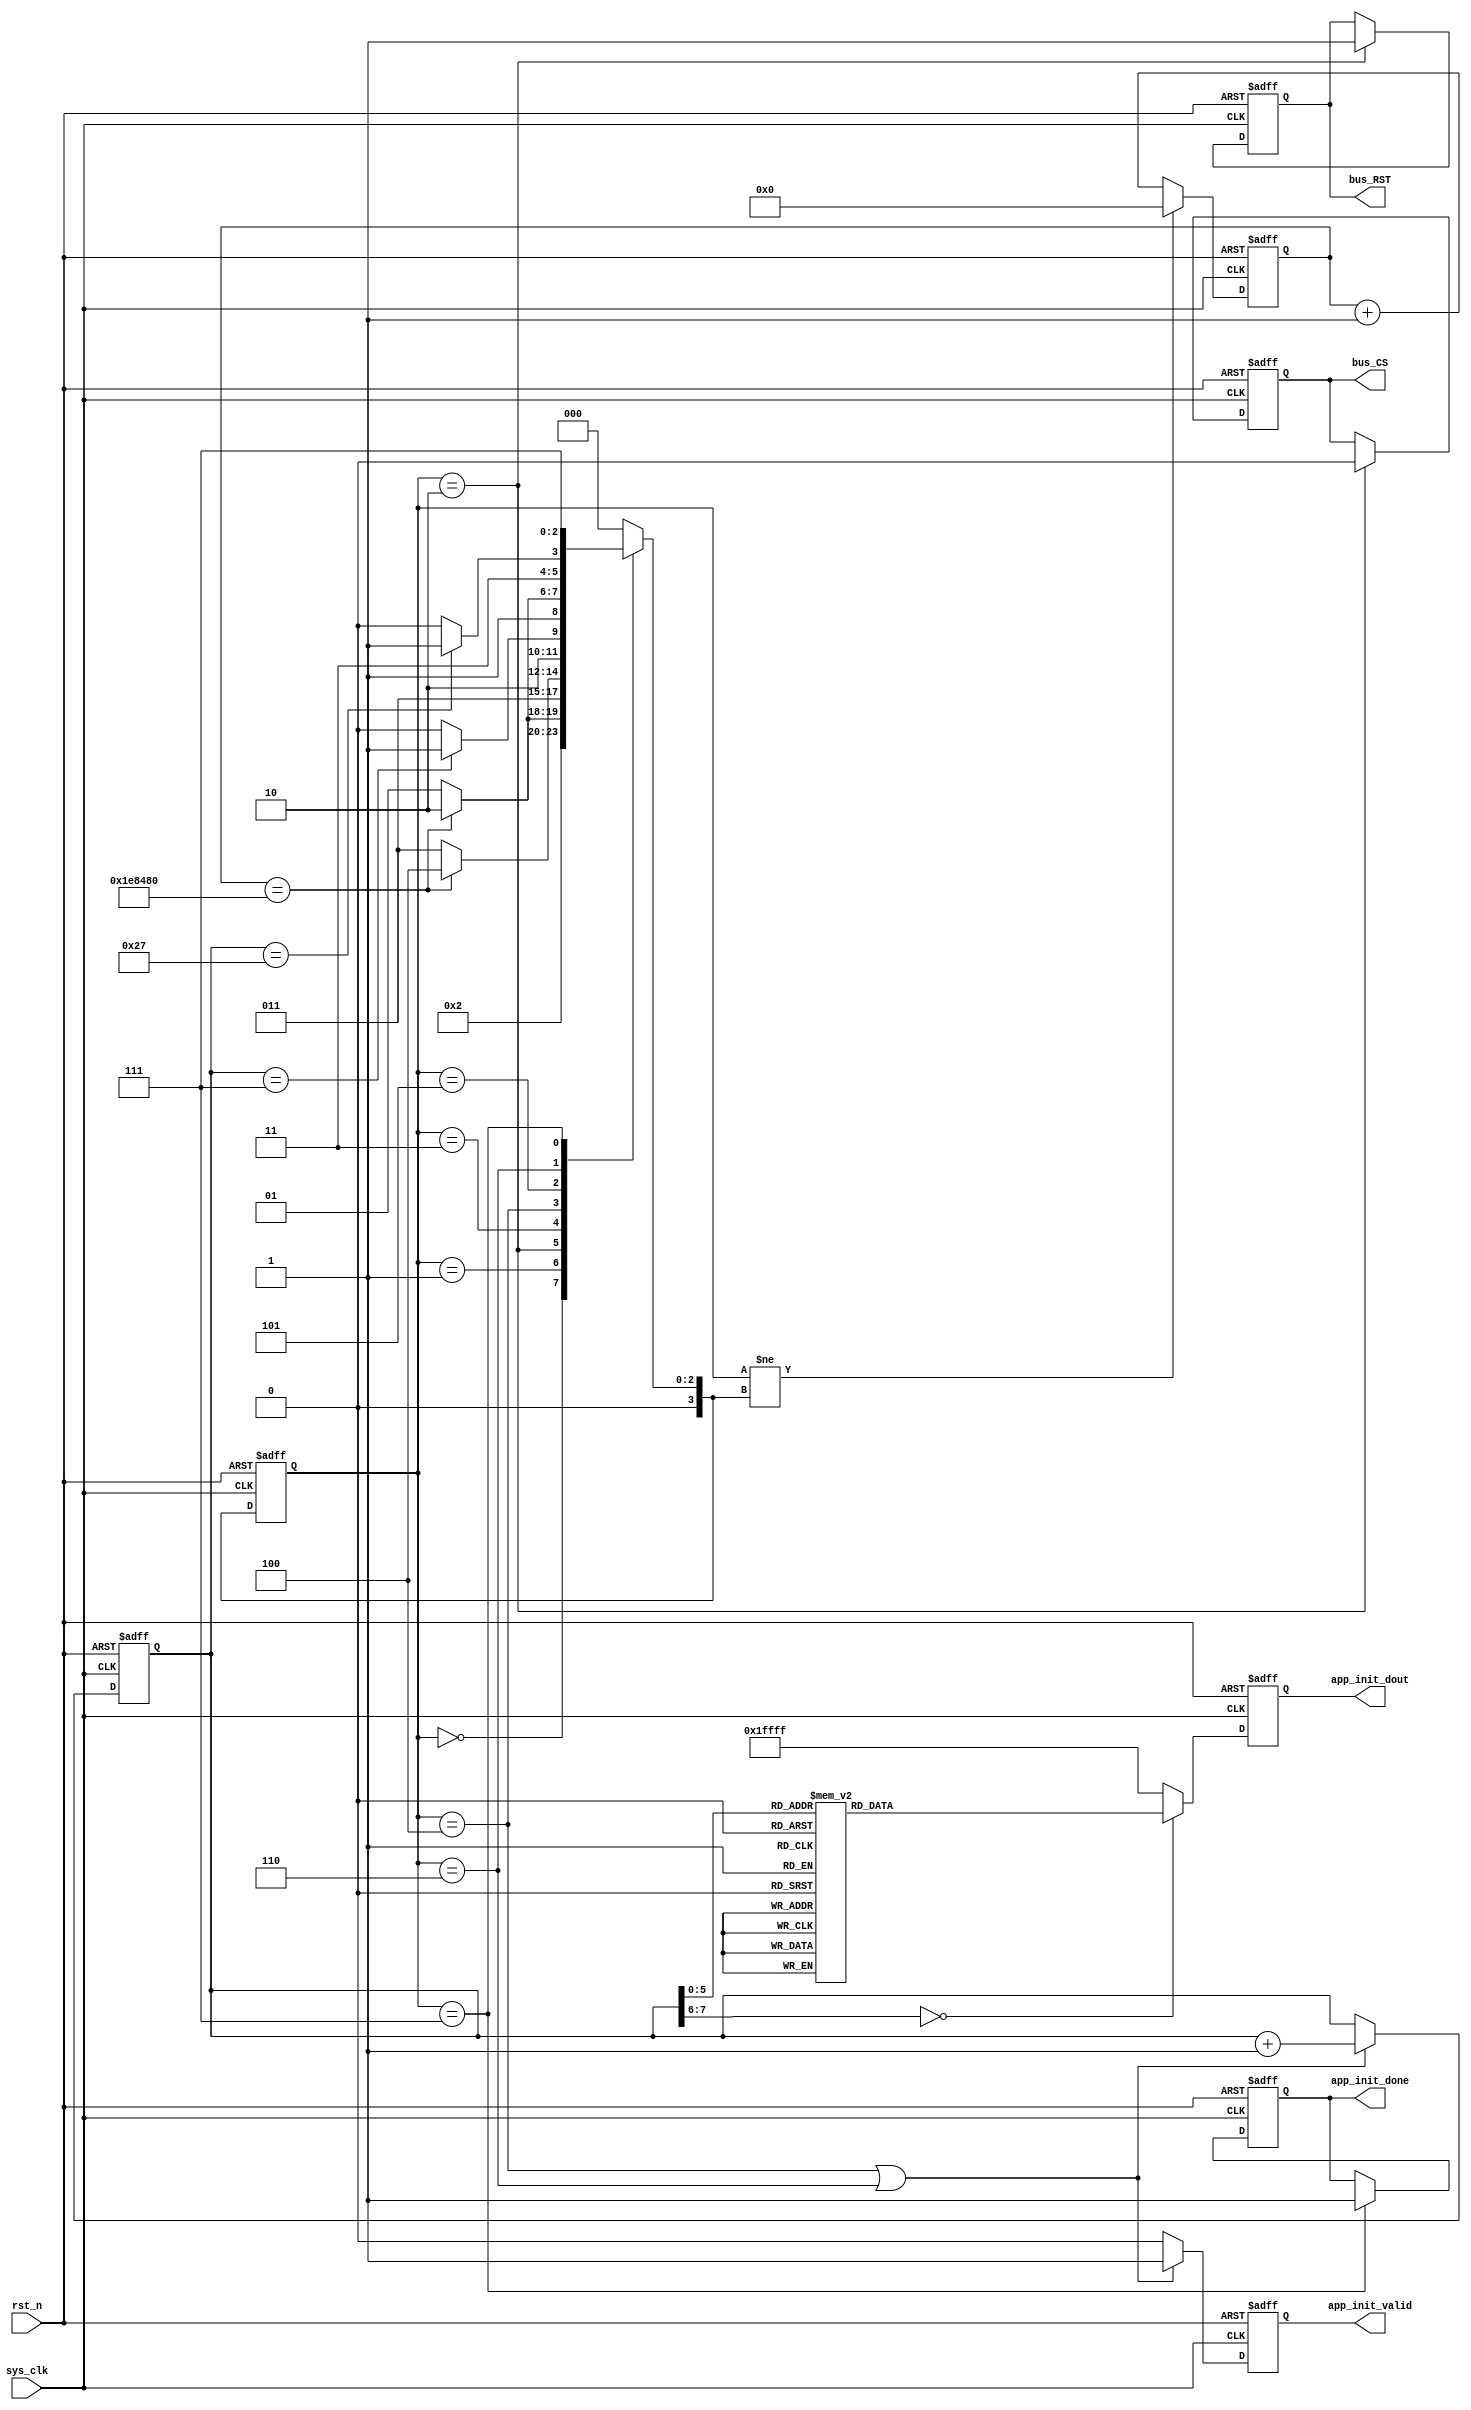
`timescale 1ns / 1ps
//////////////////////////////////////////////////////////////////////////////////
// Company: 
// Engineer: 
// 
// Design Name: 
// Module Name: SSD1289_Init_Module
// Project Name: 
// Target Devices: 
// Tool Versions: 
// Description: 
// 
// Dependencies: 
// 
// Revision:
// Revision 0.01 - File Created
// Additional Comments:
// 
//////////////////////////////////////////////////////////////////////////////////


module SSD1289_Init_Module (
    input             sys_clk,
    input             rst_n,
    output reg        bus_RST,
    output reg        bus_CS,
    output reg [16:0] app_init_dout,   //
    output reg        app_init_valid,  //
    output reg        app_init_done    //
);
  parameter app_delay = 32'd20_000_00;
  localparam REG_CNT = 39;
  /**********************************/
  reg [7:0] init_reg_cnt;
  /**********************************/
  reg [3:0] S_STATE, S_STATE_NEXT;
  localparam S_IDLE = 0;  //
  localparam S_WAIT1 = 1;
  localparam S_SYSRST = 2;
  localparam S_WAIT2 = 3;
  localparam S_REGRST = 4;
  localparam S_WAIT3 = 5;
  localparam S_INIT = 6;  ///
  localparam S_DONE = 7;  //

  /**************************/
  always @(posedge sys_clk, negedge rst_n) begin
    if (!rst_n) S_STATE <= S_IDLE;
    else S_STATE <= S_STATE_NEXT;
  end
  /**************************/
  reg [31:0] clk_cnt;
  always @(posedge sys_clk, negedge rst_n) begin
    if (!rst_n) clk_cnt <= 32'd0;
    else if (S_STATE != S_STATE_NEXT) clk_cnt <= 32'd0;
    else clk_cnt <= clk_cnt + 1'd1;
  end
  /**************************/
  always @(*) begin
    case (S_STATE)
      S_IDLE: begin
        S_STATE_NEXT = S_WAIT1;
      end
      S_WAIT1: begin
        if (clk_cnt == app_delay) S_STATE_NEXT = S_SYSRST;
        else S_STATE_NEXT = S_WAIT1;
      end
      S_SYSRST: begin
        S_STATE_NEXT = S_WAIT2;
      end
      S_WAIT2: begin
        if (clk_cnt == app_delay) S_STATE_NEXT = S_REGRST;
        else S_STATE_NEXT = S_WAIT2;
      end
      S_REGRST: begin
        if (init_reg_cnt == 8'd7) S_STATE_NEXT = S_WAIT3;
        else S_STATE_NEXT = S_REGRST;
      end
      S_WAIT3: begin
        if (clk_cnt == app_delay) S_STATE_NEXT = S_INIT;
        else S_STATE_NEXT = S_WAIT3;
      end
      S_INIT: begin
        if (init_reg_cnt == REG_CNT) S_STATE_NEXT = S_DONE;
        else S_STATE_NEXT = S_INIT;
      end
      S_DONE: begin
        S_STATE_NEXT = S_DONE;
      end
      default: S_STATE_NEXT = S_IDLE;
    endcase
  end
  /*******************************************************/
  //
  always @(posedge sys_clk or negedge rst_n) begin
    if (!rst_n) bus_RST <= 1'b0;
    else if (S_STATE == S_SYSRST) bus_RST <= 1'b1;
    else bus_RST <= bus_RST;
  end
  always @(posedge sys_clk or negedge rst_n) begin
    if (!rst_n) bus_CS <= 1'b1;
    else if (S_STATE == S_SYSRST) bus_CS <= 1'b0;
    else bus_CS <= bus_CS;
  end
  /******************************************/
  //
  always @(posedge sys_clk or negedge rst_n) begin
    if (!rst_n) app_init_done <= 1'b0;
    else if (S_STATE == S_DONE) app_init_done <= 1'b1;
    else app_init_done <= app_init_done;
  end
  /*******************************************************/
  //
  always @(posedge sys_clk or negedge rst_n) begin
    if (!rst_n) app_init_valid <= 1'b0;
    else if (S_STATE == S_REGRST || S_STATE == S_INIT) app_init_valid <= 1'b1;
    else app_init_valid <= 1'b0;
  end
  //
  always @(posedge sys_clk or negedge rst_n) begin
    if (!rst_n) init_reg_cnt <= 8'b0;
    else if (S_STATE == S_REGRST || S_STATE == S_INIT) init_reg_cnt <= init_reg_cnt + 1'b1;
    else init_reg_cnt <= init_reg_cnt;
  end
  //
  always @(posedge sys_clk or negedge rst_n) begin
    if (!rst_n) app_init_dout <= 17'b0;
    else begin
      case (init_reg_cnt)
        8'd0: app_init_dout <= {1'b0, 16'h0007};
        8'd1: app_init_dout <= {1'b1, 16'h0021};
        8'd2: app_init_dout <= {1'b0, 16'h0000};
        8'd3: app_init_dout <= {1'b1, 16'h0001};
        8'd4: app_init_dout <= {1'b0, 16'h0007};
        8'd5: app_init_dout <= {1'b1, 16'h0023};
        8'd6: app_init_dout <= {1'b0, 16'h0010};
        8'd7: app_init_dout <= {1'b1, 16'h0000};
        //delay
        8'd8: app_init_dout <= {1'b0, 16'h0007};
        8'd9: app_init_dout <= {1'b1, 16'h0033};
        8'd10: app_init_dout <= {1'b0, 16'h0011};
        8'd11: app_init_dout <= {1'b1, 16'h6058};  //6030
        8'd12: app_init_dout <= {1'b0, 16'h0002};
        8'd13: app_init_dout <= {1'b1, 16'h1000};
        8'd14: app_init_dout <= {1'b0, 16'h0002};
        8'd15: app_init_dout <= {1'b1, 16'h0600};
        8'd16: app_init_dout <= {1'b0, 16'h0001};
        8'd17: app_init_dout <= {1'b1, 16'h693f};  //
        8'd18: app_init_dout <= {1'b0, 16'h0025};
        8'd19: app_init_dout <= {1'b1, 16'hef00};  //
        8'd20: app_init_dout <= {1'b0, 16'h0030};
        8'd21: app_init_dout <= {1'b1, 16'h0007};
        8'd22: app_init_dout <= {1'b0, 16'h0031};
        8'd23: app_init_dout <= {1'b1, 16'h0302};
        8'd24: app_init_dout <= {1'b0, 16'h0032};
        8'd25: app_init_dout <= {1'b1, 16'h0105};
        8'd26: app_init_dout <= {1'b0, 16'h0033};
        8'd27: app_init_dout <= {1'b1, 16'h0206};
        8'd28: app_init_dout <= {1'b0, 16'h0034};
        8'd29: app_init_dout <= {1'b1, 16'h0808};
        8'd30: app_init_dout <= {1'b0, 16'h0035};
        8'd31: app_init_dout <= {1'b1, 16'h0206};
        8'd32: app_init_dout <= {1'b0, 16'h0036};
        8'd33: app_init_dout <= {1'b1, 16'h0504};
        8'd34: app_init_dout <= {1'b0, 16'h0037};
        8'd35: app_init_dout <= {1'b1, 16'h0007};
        8'd36: app_init_dout <= {1'b0, 16'h003a};
        8'd37: app_init_dout <= {1'b1, 16'h0105};
        8'd38: app_init_dout <= {1'b0, 16'h003b};
        8'd39: app_init_dout <= {1'b1, 16'h0808};
        //,case
        default: app_init_dout <= {1'b1, 16'hffff};  //MIDH ID 8
      endcase
    end
  end
endmodule